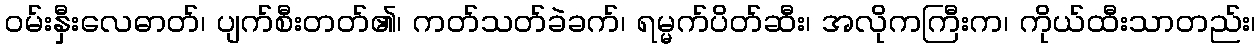
ဝမ်းနှီးလေဓာတ်၊ ပျက်စီးတတ်၏၊ ကတ်သတ်ခဲခက်၊ ရမ္မက်ပိတ်ဆီး၊ အလိုကကြီးက၊ ကိုယ်ထီးသာတည်း၊